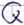
Text: Q